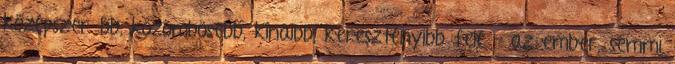
középszerűbb, közömbösebb, kínaibb, keresztényibb felé – az ember, semmi